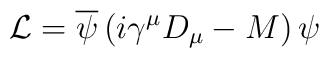
{\cal L} = \overline{\psi}\left(i\gamma^{\mu}D_{\mu} - M\right)\psi